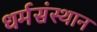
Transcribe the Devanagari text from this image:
धर्मसंस्थान